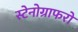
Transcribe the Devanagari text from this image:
स्टेनोग्राफरो